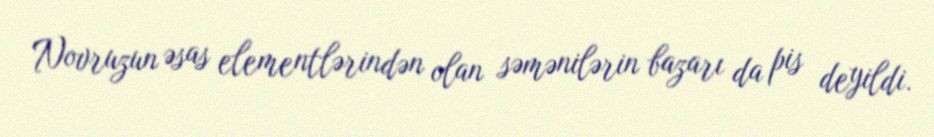
Novruzun əsas elementlərindən olan səmənilərin bazarı da pis deyildi.